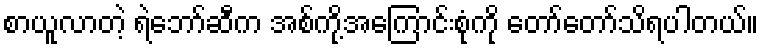
စာယူလာတဲ့ ရဲဘော်ဆီက အစ်ကို့အကြောင်းစုံကို တော်တော်သိရပါတယ်။